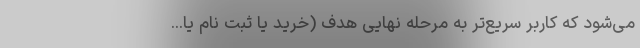
می‌شود که کاربر سریع‌تر به مرحله نهایی هدف (خرید یا ثبت نام یا...